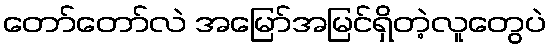
တော်တော်လဲ အမြော်အမြင်ရှိတဲ့လူတွေပဲ